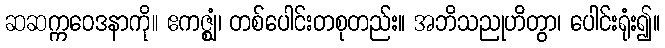
ဆဆက္ကဝေဒနာကို။ ဧကဇ္ဈံ၊ တစ်ပေါင်းတစုတည်း။ အဘိသညုဟိတွာ၊ ပေါင်းရုံး၍။